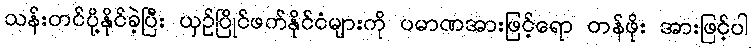
သန်းတင်ပို့နိုင်ခဲ့ပြီး ယှဉ်ပြိုင်ဖက်နိုင်ငံများကို ပမာဏအားဖြင့်ရော တန်ဖိုး အားဖြင့်ပါ